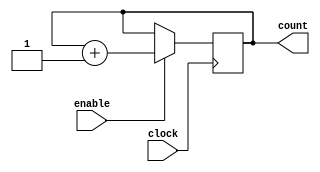
`timescale 1ns / 100ps

module counter_8(
	clock,
	enable,
	count
);

parameter BIT_SZ = 8;
input clock;
input enable;
output [BIT_SZ-1:0] count;

reg [BIT_SZ-1:0] count;

initial count = 0;

always @ (posedge clock)
	if (enable == 1'b1)
		count <= count + 1'b1;

endmodule